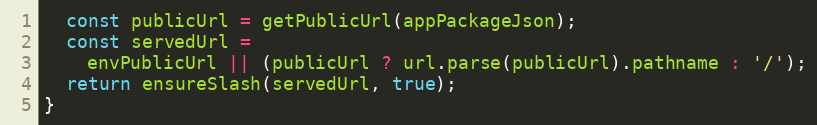
Language: JavaScript
  const publicUrl = getPublicUrl(appPackageJson);
  const servedUrl =
    envPublicUrl || (publicUrl ? url.parse(publicUrl).pathname : '/');
  return ensureSlash(servedUrl, true);
}